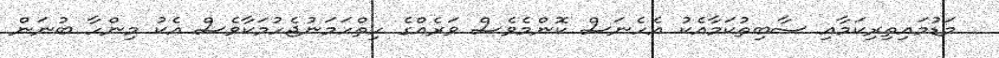
މަޑުމައިތިރިކަމާއި ސާބިތުކަމާއެކު އެހެނަސް ކޮންމެވެސް ވަރެއްގެ ހިތްހަމަނުޖެހުމަކާވެސް އެކު މިންހާ ބުނަން